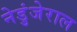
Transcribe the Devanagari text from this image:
नेडुंजेराल